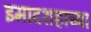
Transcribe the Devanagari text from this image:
इमादशहाच्या